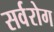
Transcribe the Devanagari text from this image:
सर्वरोग